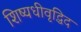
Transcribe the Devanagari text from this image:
शिष्यधीवृद्धिद